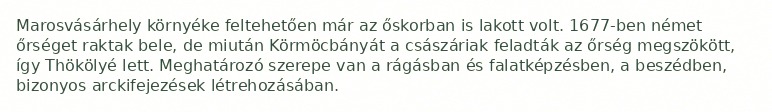
Marosvásárhely környéke feltehetően már az őskorban is lakott volt. 1677-ben német őrséget raktak bele, de miután Körmöcbányát a császáriak feladták az őrség megszökött, így Thökölyé lett. Meghatározó szerepe van a rágásban és falatképzésben, a beszédben, bizonyos arckifejezések létrehozásában.